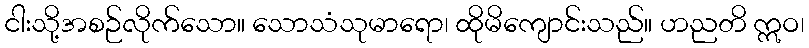
ငါးသို့အစဉ်လိုက်သော။ သောသံသုမာရော၊ ထိုမိကျောင်းသည်။ ဟညတိ ဣဝ၊